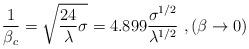
LaTeX: \begin{align*}\frac{1}{\beta_c}=\sqrt{\frac{24}{\lambda}\sigma}=4.899\frac{\sigma^{1/2}}{\lambda^{1/2}}~,(\beta\to 0)\end{align*}